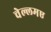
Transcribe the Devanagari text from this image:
चेल्लमए